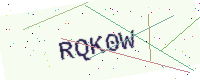
Text: RQK0W